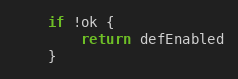
Language: Go
	if !ok {
		return defEnabled
	}